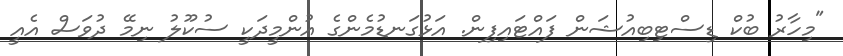
"މިހާރު ބުކް ޑިސްޓިބިއުޝަން ފައްޓައިފިން. އަޅުގަނޑުމެންގެ އުންމީދަކީ ސުކޫލު ނިމޭ ދުވަސް އެއީ